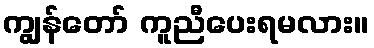
ကျွန်တော် ကူညီပေးရမလား။